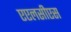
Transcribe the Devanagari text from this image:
एएलसीएस